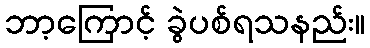
ဘာ့ကြောင့် ခွဲပစ်ရသနည်း။